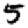
Digit: 5